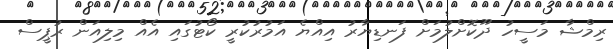
ރިމްޝާ މަސީހު ދޫކޮށްލުމަށް ފަނޑިޔާރު އިއްޔެ އަމުރުކުރީ ކޯޓުގައި އެއް މިލިއަން ރުޕީސް